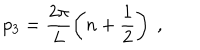
p _ { 3 } = \frac { 2 \pi } { L } \left( n + \frac { 1 } { 2 } \right) \ ,